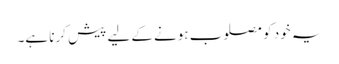
یہ خود کو مصلوب ہونے کے لیے پیش کرنا ہے۔